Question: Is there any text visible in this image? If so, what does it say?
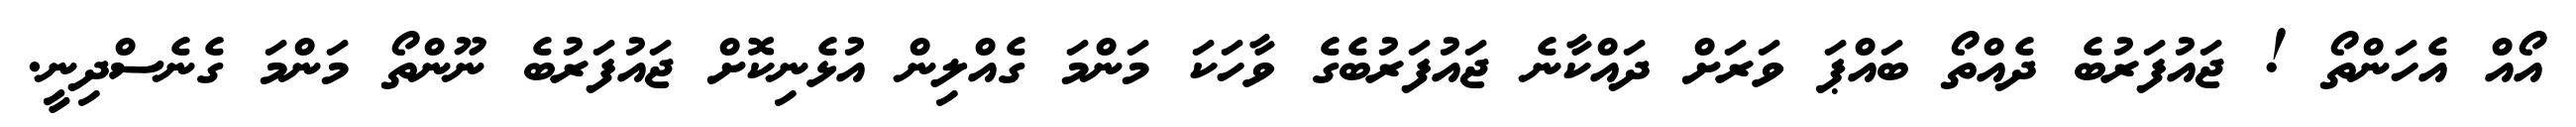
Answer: އޯއް އެހަންތޯ ! ޖައުފަރުބެ ދެއްތޯ ބައްޕަ ވަރަށް ދައްކާނެ ޖައުފަރުބެގެ ވާހަކަ މަންމަ ގެއްލިން އުޅެނިކޮށް ޖައުފަރުބެ ނޫންތޯ މަންމަ ގެނެސްދިނީ.